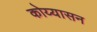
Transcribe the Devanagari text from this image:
कोय्यासन